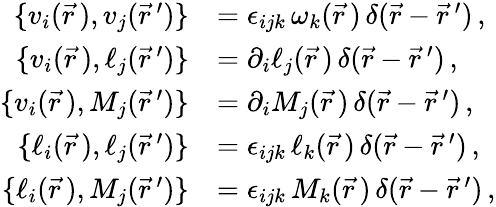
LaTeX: \begin{array}{rl}{\{ v_{i}(\vec{r\, }),v_{j}(\vec{r}\, ^{\prime})\} }&{=\epsilon_{ijk}\, \omega_{k}(\vec{r\, })\, \delta(\vec{r}-\vec{r}\, ^{\prime})\, ,}\\ {\{ v_{i}(\vec{r\, }),\ell_{j}(\vec{r}\, ^{\prime})\} }&{=\partial_{i}\ell_{j}(\vec{r\, })\, \delta(\vec{r}-\vec{r}\, ^{\prime})\, ,}\\ {\{ v_{i}(\vec{r\, }),M_{j}(\vec{r}\, ^{\prime})\} }&{=\partial_{i}M_{j}(\vec{r\, })\, \delta(\vec{r}-\vec{r}\, ^{\prime})\, ,}\\ {\{ \ell_{i}(\vec{r\, }),\ell_{j}(\vec{r}\, ^{\prime})\} }&{=\epsilon_{ijk}\, \ell_{k}(\vec{r\, })\, \delta(\vec{r}-\vec{r}\, ^{\prime})\, ,}\\ {\{ \ell_{i}(\vec{r\, }),M_{j}(\vec{r}\, ^{\prime})\} }&{=\epsilon_{ijk}\, M_{k}(\vec{r\, })\, \delta(\vec{r}-\vec{r}\, ^{\prime})\, ,}\end{array}